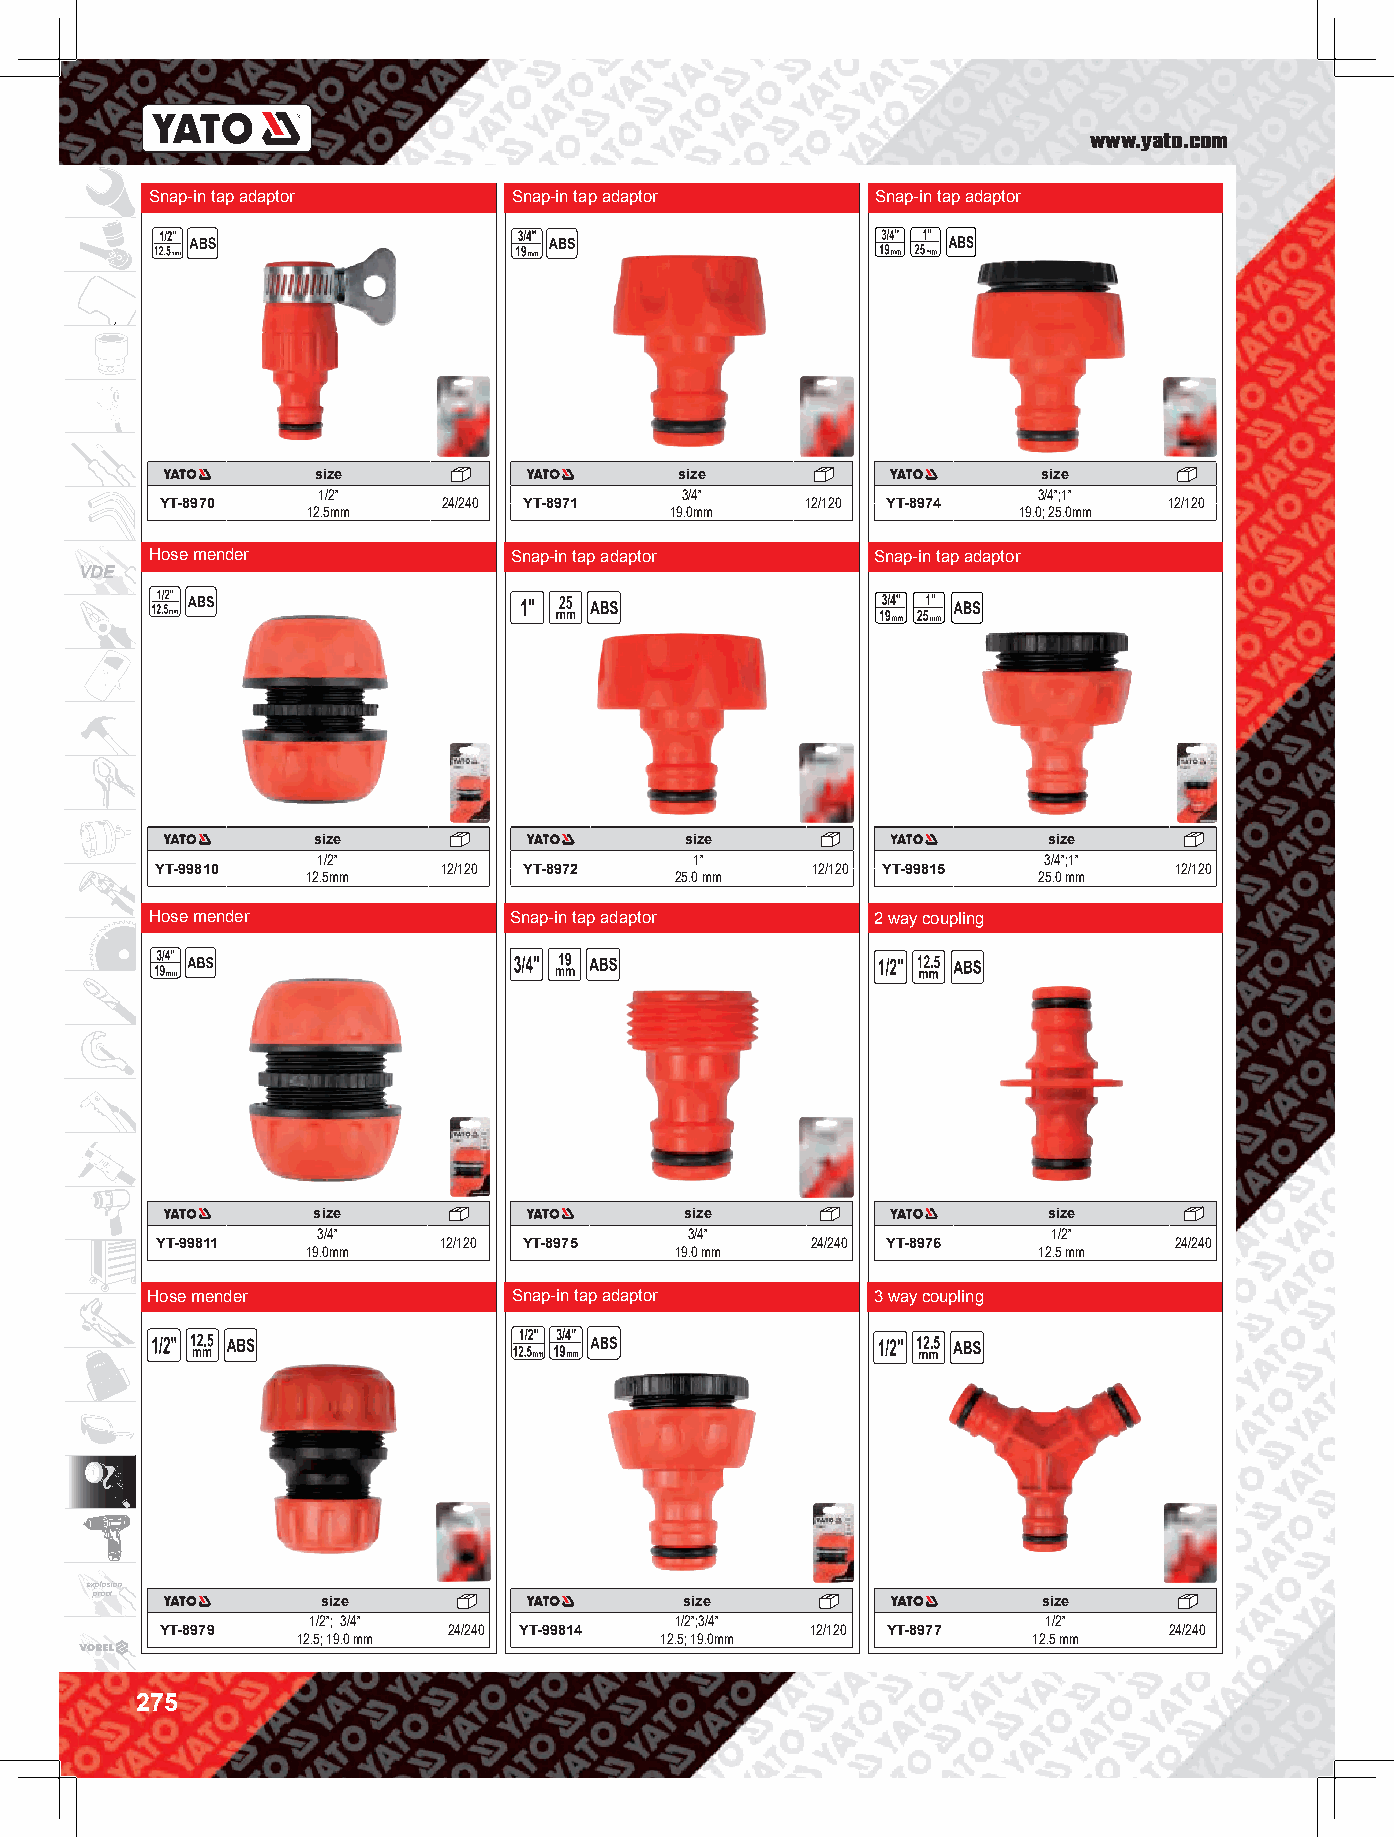
www.yato.com
 Snap-in tap adaptor     Snap-in tap adaptor     Snap-in tap adaptor
 size                    size                    size
 1/2”                    3/4”                    3/4”;1”
 YT-8970           24/240 YT-8971          12/120 YT-8974          12/120
 12.5mm                  19.0mm                 19.0; 25.0mm
 Hose mender             Snap-in tap adaptor     Snap-in tap adaptor
 VDE
 size                    size                    size
 1/2”                     1”                     3/4”;1”
 YT-99810           12/120 YT-8972           12/120 YT-99815         12/120
 12.5mm                   25.0 mm                 25.0 mm
 Hose mender             Snap-in tap adaptor     2 way coupling
 size                    size                    size
 3/4”                     3/4”                    1/2”
 YT-99811           12/120 YT-8975           24/240 YT-8976          24/240
 19.0mm                   19.0 mm                 12.5 mm
 Hose mender             Snap-in tap adaptor     3 way coupling
 explosion
 proof          size                    size                    size
 1/2”; 3/4”               1/2”;3/4”               1/2”
 YT-8979            24/240 YT-99814         12/120 YT-8977         24/240
 12.5; 19.0 mm           12.5; 19.0mm            12.5 mm
 275